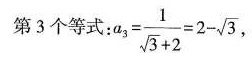
第3个等式 :a_{3}= \frac{1}{ \sqrt{3}+2}=2- \sqrt{3},